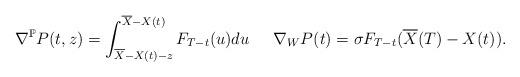
LaTeX: \begin{align*}\nabla^{\mathbb{P}} P(t,z) = \int_{\overline{X}-X(t) - z}^{\overline{X}-X(t)}F_{T-t}(u) du& & \nabla_W P(t) = \sigma F_{T-t}(\overline{X}(T)-X(t)).\end{align*}